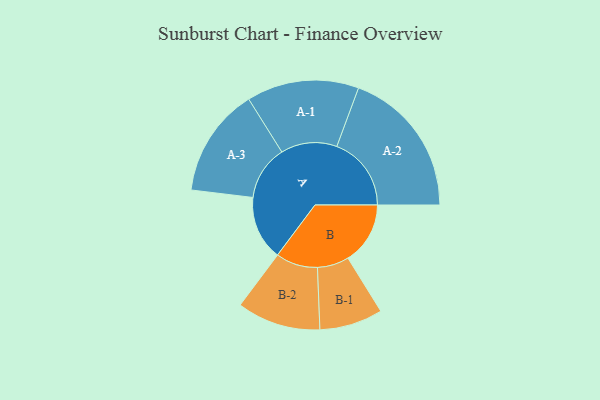
{"axis": {"x": "Segment", "y": "Value"}, "legend": ["", "A", "B"], "data": [{"x": "A", "y": 252, "type": ""}, {"x": "B", "y": 244, "type": ""}, {"x": "A-1", "y": 220, "type": "A"}, {"x": "A-2", "y": 292, "type": "A"}, {"x": "A-3", "y": 214, "type": "A"}, {"x": "B-1", "y": 124, "type": "B"}, {"x": "B-2", "y": 164, "type": "B"}]}